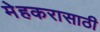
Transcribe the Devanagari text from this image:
मेहकरासाठी